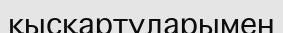
қысқартуларымен